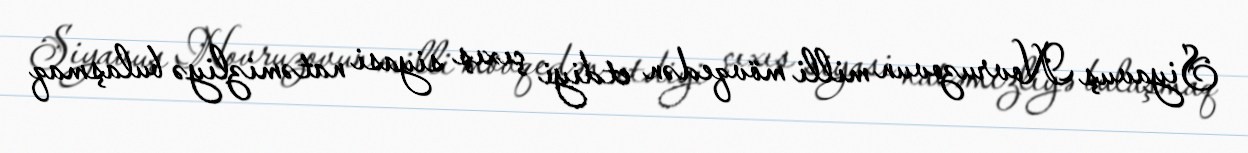
Siyavuş Novruzovun milli mövqedən etdiyi çıxış siyasi natəmizliyə bulaşmaq